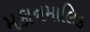
મકાનમાલિક